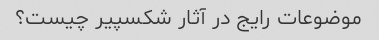
موضوعات رایج در آثار شکسپیر چیست؟